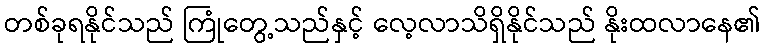
တစ်ခုရနိုင်သည် ကြုံတွေ့သည်နှင့် လေ့လာသိရှိနိုင်သည် နိုးထလာနေ၏